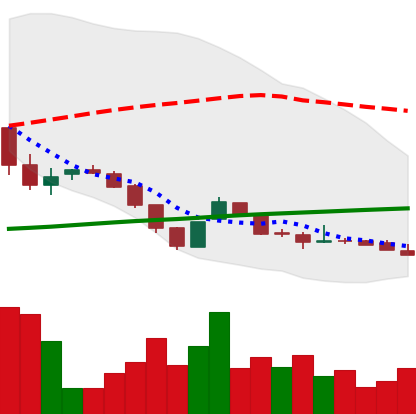
Ticker: DOGE-USD
Chart end date: 2018-11-05
Forward return: -9.304%
Label: down_7plus